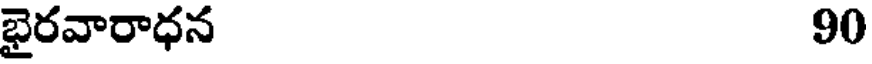
భైరవారాధన 90